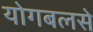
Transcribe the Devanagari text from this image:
योगबलसे